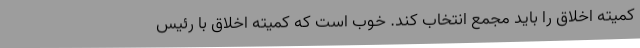
کمیته اخلاق را باید مجمع انتخاب کند. خوب است که کمیته اخلاق با رئیس